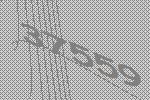
37559